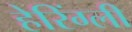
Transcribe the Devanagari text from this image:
हेरिंग्ली